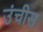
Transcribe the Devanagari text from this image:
उंचीस